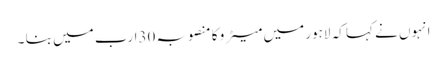
انہوں نے کہا کہ لاہور میں میٹر و کا منصوبہ 30ارب میں بنا ۔